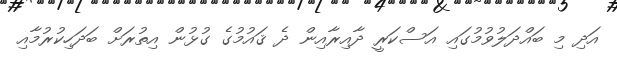
އަދި މި ބައްދަލުވުމުގައި އަސްކަރީ ދާއިރާއިން ދެ ޤައުމުގެ ގުޅުން އިތުރަށް ބަދަހިކުރުމާއި